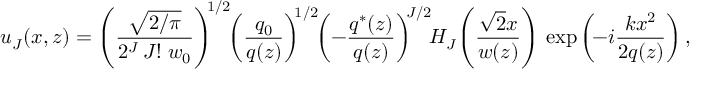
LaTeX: u _ { J } ( x , z ) = \left( { \frac { \sqrt { 2 / \pi } } { 2 ^ { J } \, J ! \; w _ { 0 } } } \right) ^ { \! \! 1 / 2 } \! \! \left( { \frac { { q } _ { 0 } } { { q } ( z ) } } \right) ^ { \! \! 1 / 2 } \! \! \left( - { \frac { { q } ^ { \ast } ( z ) } { { q } ( z ) } } \right) ^ { \! \! J / 2 } \! \! H _ { J } \! \left( { \frac { { \sqrt { 2 } } x } { w ( z ) } } \right) \, \exp \left( \! - i { \frac { k x ^ { 2 } } { 2 { q } ( z ) } } \right) ,